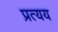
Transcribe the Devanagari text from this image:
प्रत्‍यय